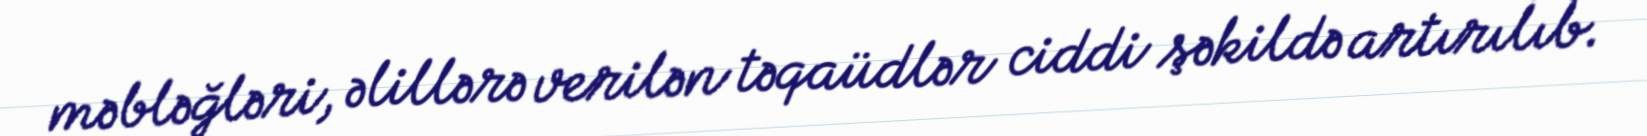
məbləğləri, əlillərə verilən təqaüdlər ciddi şəkildə artırılıb.